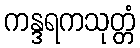
ကန္ဒရကသုတ္တံ